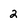
Character: 2